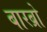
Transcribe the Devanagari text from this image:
बारब्रो